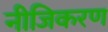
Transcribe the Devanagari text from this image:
नीजिकरण